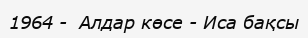
1964 -  Алдар көсе - Иса бақсы